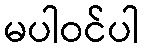
မပါဝင်ပါ